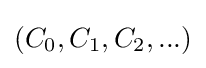
(C_{0},C_{1},C_{2},...)